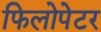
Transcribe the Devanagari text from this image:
फिलोपेटर